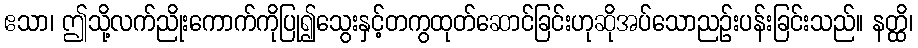
ဧသာ၊ ဤသို့လက်ညိုးကောက်ကိုပြု၍သွေးနှင့်တကွထုတ်ဆောင်ခြင်းဟုဆိုအပ်သောညဉ်းပန်းခြင်းသည်။ နတ္ထိ၊